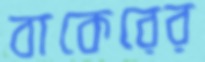
বাকেরের